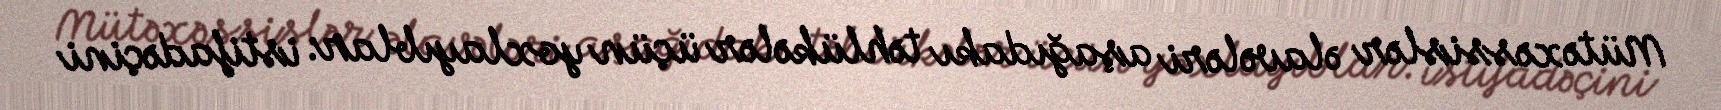
Mütəxəssislər əlavələri aşağıdakı təhlükələr üçün yoxlayıblar: istifadəçini